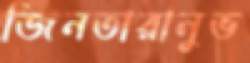
জিনতারানুভ